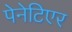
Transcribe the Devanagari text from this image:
पेनेटिएर